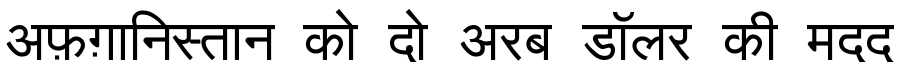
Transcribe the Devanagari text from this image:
अफ़ग़ानिस्तान को दो अरब डॉलर की मदद